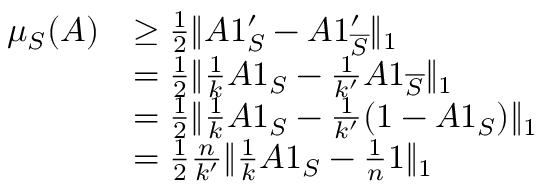
\begin{array} { r l } { \mu _ { S } ( A ) } & { \geq \frac { 1 } { 2 } \| A 1 _ { S } ^ { \prime } - A 1 _ { \overline { { S } } } ^ { \prime } \| _ { 1 } } \\ & { = \frac { 1 } { 2 } \| \frac { 1 } { k } A 1 _ { S } - \frac { 1 } { k ^ { \prime } } A 1 _ { \overline { { S } } } \| _ { 1 } } \\ & { = \frac { 1 } { 2 } \| \frac { 1 } { k } A 1 _ { S } - \frac { 1 } { k ^ { \prime } } ( 1 - A 1 _ { S } ) \| _ { 1 } } \\ & { = \frac { 1 } { 2 } \frac { n } { k ^ { \prime } } \| \frac { 1 } { k } A 1 _ { S } - \frac { 1 } { n } 1 \| _ { 1 } } \end{array}